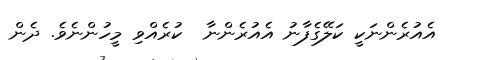
އެއުރެންނަކީ ކަލޭގެފާނު އެއުރެންނާ  ކުރެއްވި މީހުންނެވެ. ދެން